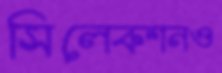
সিলেকশনও